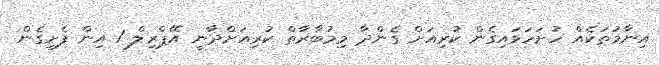
އިނާމުތަކެއް ހުށަހަޅައިގެން ކުރިއަށް ގެންދާ މިމުބާރާތް ކުރިއަށްދާނީ އޭޕްރިލް 1 އިން ފެށިގެން